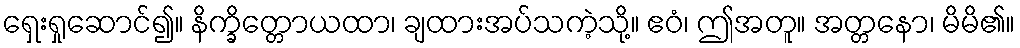
ရှေးရှုဆောင်၍။ နိက္ခိတ္တောယထာ၊ ချထားအပ်သကဲ့သို့။ ဧဝံ၊ ဤအတူ။ အတ္တနော၊ မိမိ၏။